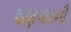
શણગારની